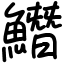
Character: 𩻛